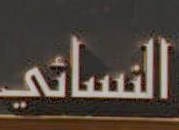
النسائي